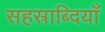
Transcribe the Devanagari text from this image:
सहस्राब्दियाँ